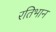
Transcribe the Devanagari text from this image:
रतिभान